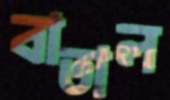
বাতাল